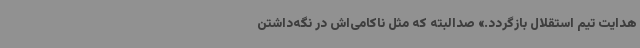
هدایت تیم استقلال بازگردد.» صدالبته که مثل ناکامی‌اش در نگه‌داشتن